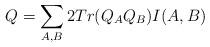
LaTeX: \begin{align*}Q=\sum_{A,B}2Tr(Q_AQ_B)I(A,B)\end{align*}